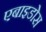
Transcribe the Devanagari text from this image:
एबाइडोस